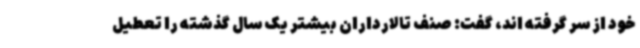
خود از سر گرفته اند، گفت: صنف تالارداران بیشتر یک سال گذشته را تعطیل